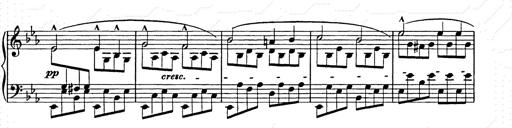
Title: Allegro di bravura
Composer: Carl Maria von Weber
Key: D major